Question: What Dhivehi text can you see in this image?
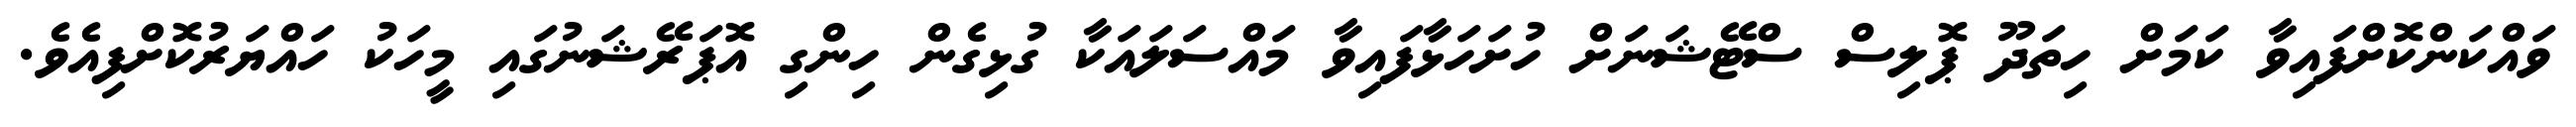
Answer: ވައްކަންކޮށްފައިވާ ކަމަށް ހިތަދޫ ޕޮލިސް ސްޓޭޝަނަށް ހުށަހަޅާފައިވާ މައްސަލައަކާ ގުޅިގެން ހިންގި އޮޕަރޭޝަނުގައި މީހަކު ހައްޔަރުކޮށްފިއެވެ.